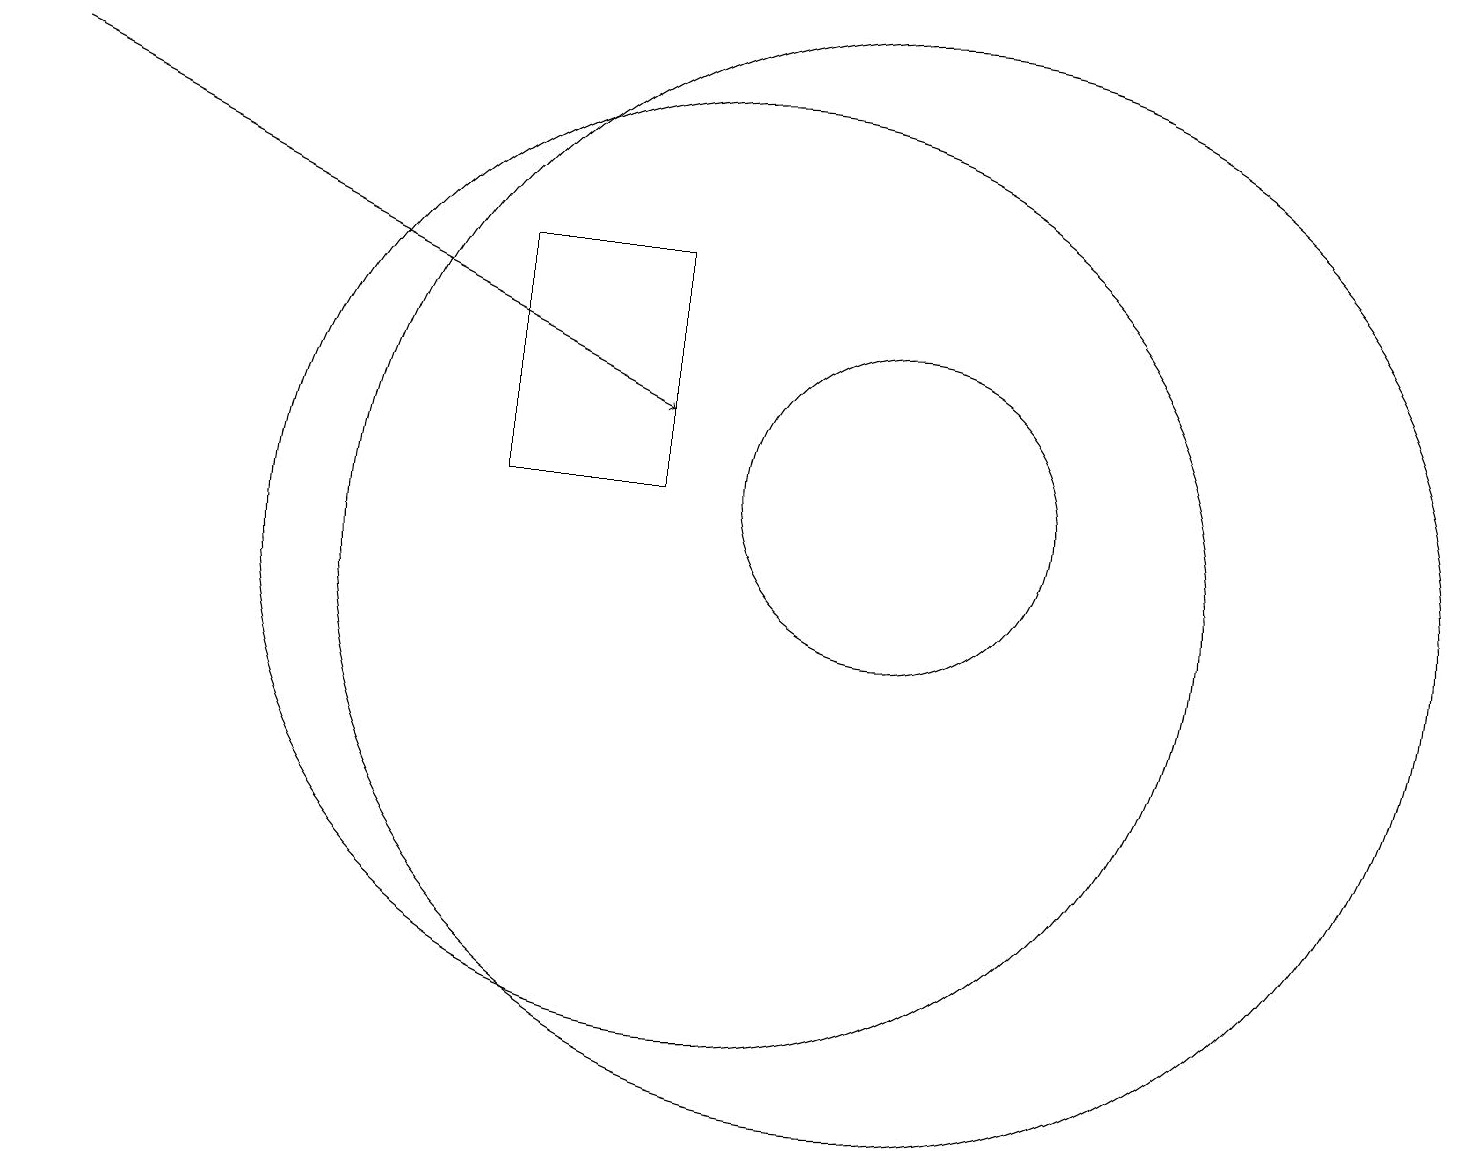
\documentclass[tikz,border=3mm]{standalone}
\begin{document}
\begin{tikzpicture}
\draw[->] (1,16) -- (9,12);
\draw (12,11) circle (2);
\draw (10,10) circle (6);
\draw (12,10) circle (7);
\draw (9,14) rectangle (7,11);
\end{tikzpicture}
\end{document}